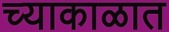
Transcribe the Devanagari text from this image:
च्याकाळात